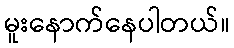
မူးနောက်နေပါတယ်။